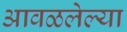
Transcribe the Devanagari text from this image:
आवळलेल्या